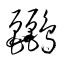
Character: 鸝